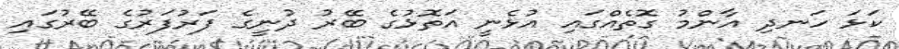
ކަޅަ ހަނދި އާންމު ގޮތެއްގައި އުޅެނީ އަތޮޅުގެ ބޭރު ދުނީގެ ފަރުފަރުގެ ބޭރުގައި